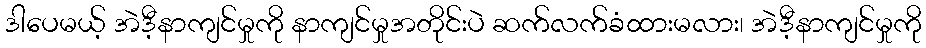
ဒါပေမယ့် အဲဒီ့နာကျင်မှုကို နာကျင်မှုအတိုင်းပဲ ဆက်လက်ခံထားမလား၊ အဲဒီ့နာကျင်မှုကို